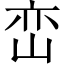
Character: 峦